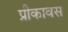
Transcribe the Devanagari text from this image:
प्रीकावस